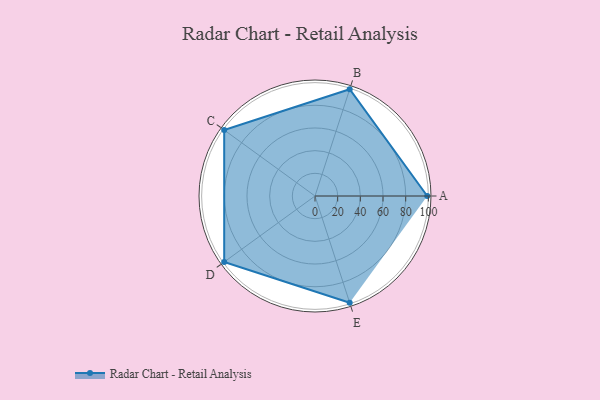
{"axis": {"x": "Skill", "y": "Score"}, "legend": ["Profile"], "data": [{"x": "A", "y": 99, "type": "Profile"}, {"x": "B", "y": 99, "type": "Profile"}, {"x": "C", "y": 99, "type": "Profile"}, {"x": "D", "y": 99, "type": "Profile"}, {"x": "E", "y": 99, "type": "Profile"}]}